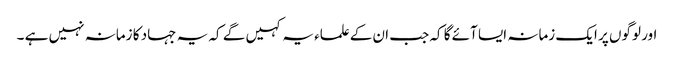
اور لوگوں پر ایک زمانہ ایسا آئے گا کہ جب ان کےعلماء یہ کہیں گے کہ یہ جہاد کا زمانہ نہیں ہے ۔